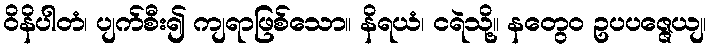
ဝိနိပါတံ၊ ပျက်စီး၍ ကျရာဖြစ်သော။ နိရယံ၊ ငရဲသို့။ နတွေဝ ဥပပဇ္ဇေယျ၊